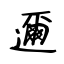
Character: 邇